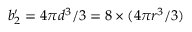
b _ { 2 } ^ { \prime } = 4 \pi d ^ { 3 } / 3 = 8 \times ( 4 \pi r ^ { 3 } / 3 )